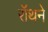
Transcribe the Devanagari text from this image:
रॉथने